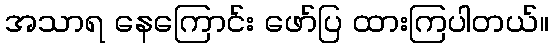
အသာရ နေကြောင်း ဖော်ပြ ထားကြပါတယ်။